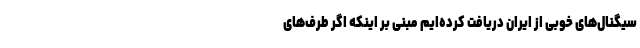
سیگنال‌های خوبی از ایران دریافت کرده‌ایم مبنی بر اینکه اگر طرف‌های